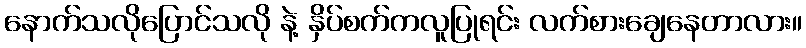
နောက်သလိုပြောင်သလို နဲ့ နှိပ်စက်ကလူပြုရင်း လက်စားချေနေတာလား။